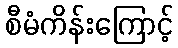
စီမံကိန်းကြောင့်